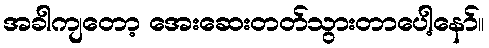
အခါကျတော့ အေးဆေးတတ်သွားတာပေါ့နော်။